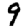
Digit: 9